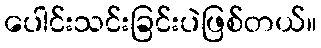
ပေါင်းသင်းခြင်းပဲဖြစ်တယ်။